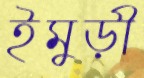
ইমুড়ী